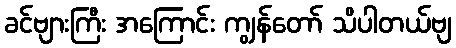
ခင်ဗျားကြီး အကြောင်း ကျွန်တော် သိပါတယ်ဗျ